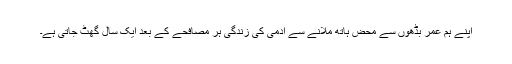
اپنے ہم عمر بڈھوں سے محض ہاتھ ملانے سے آدمی کی زندگی ہر مصافحے کے بعد ایک سال گھٹ جاتی ہے۔